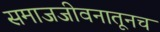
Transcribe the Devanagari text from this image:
समाजजीवनातूनच